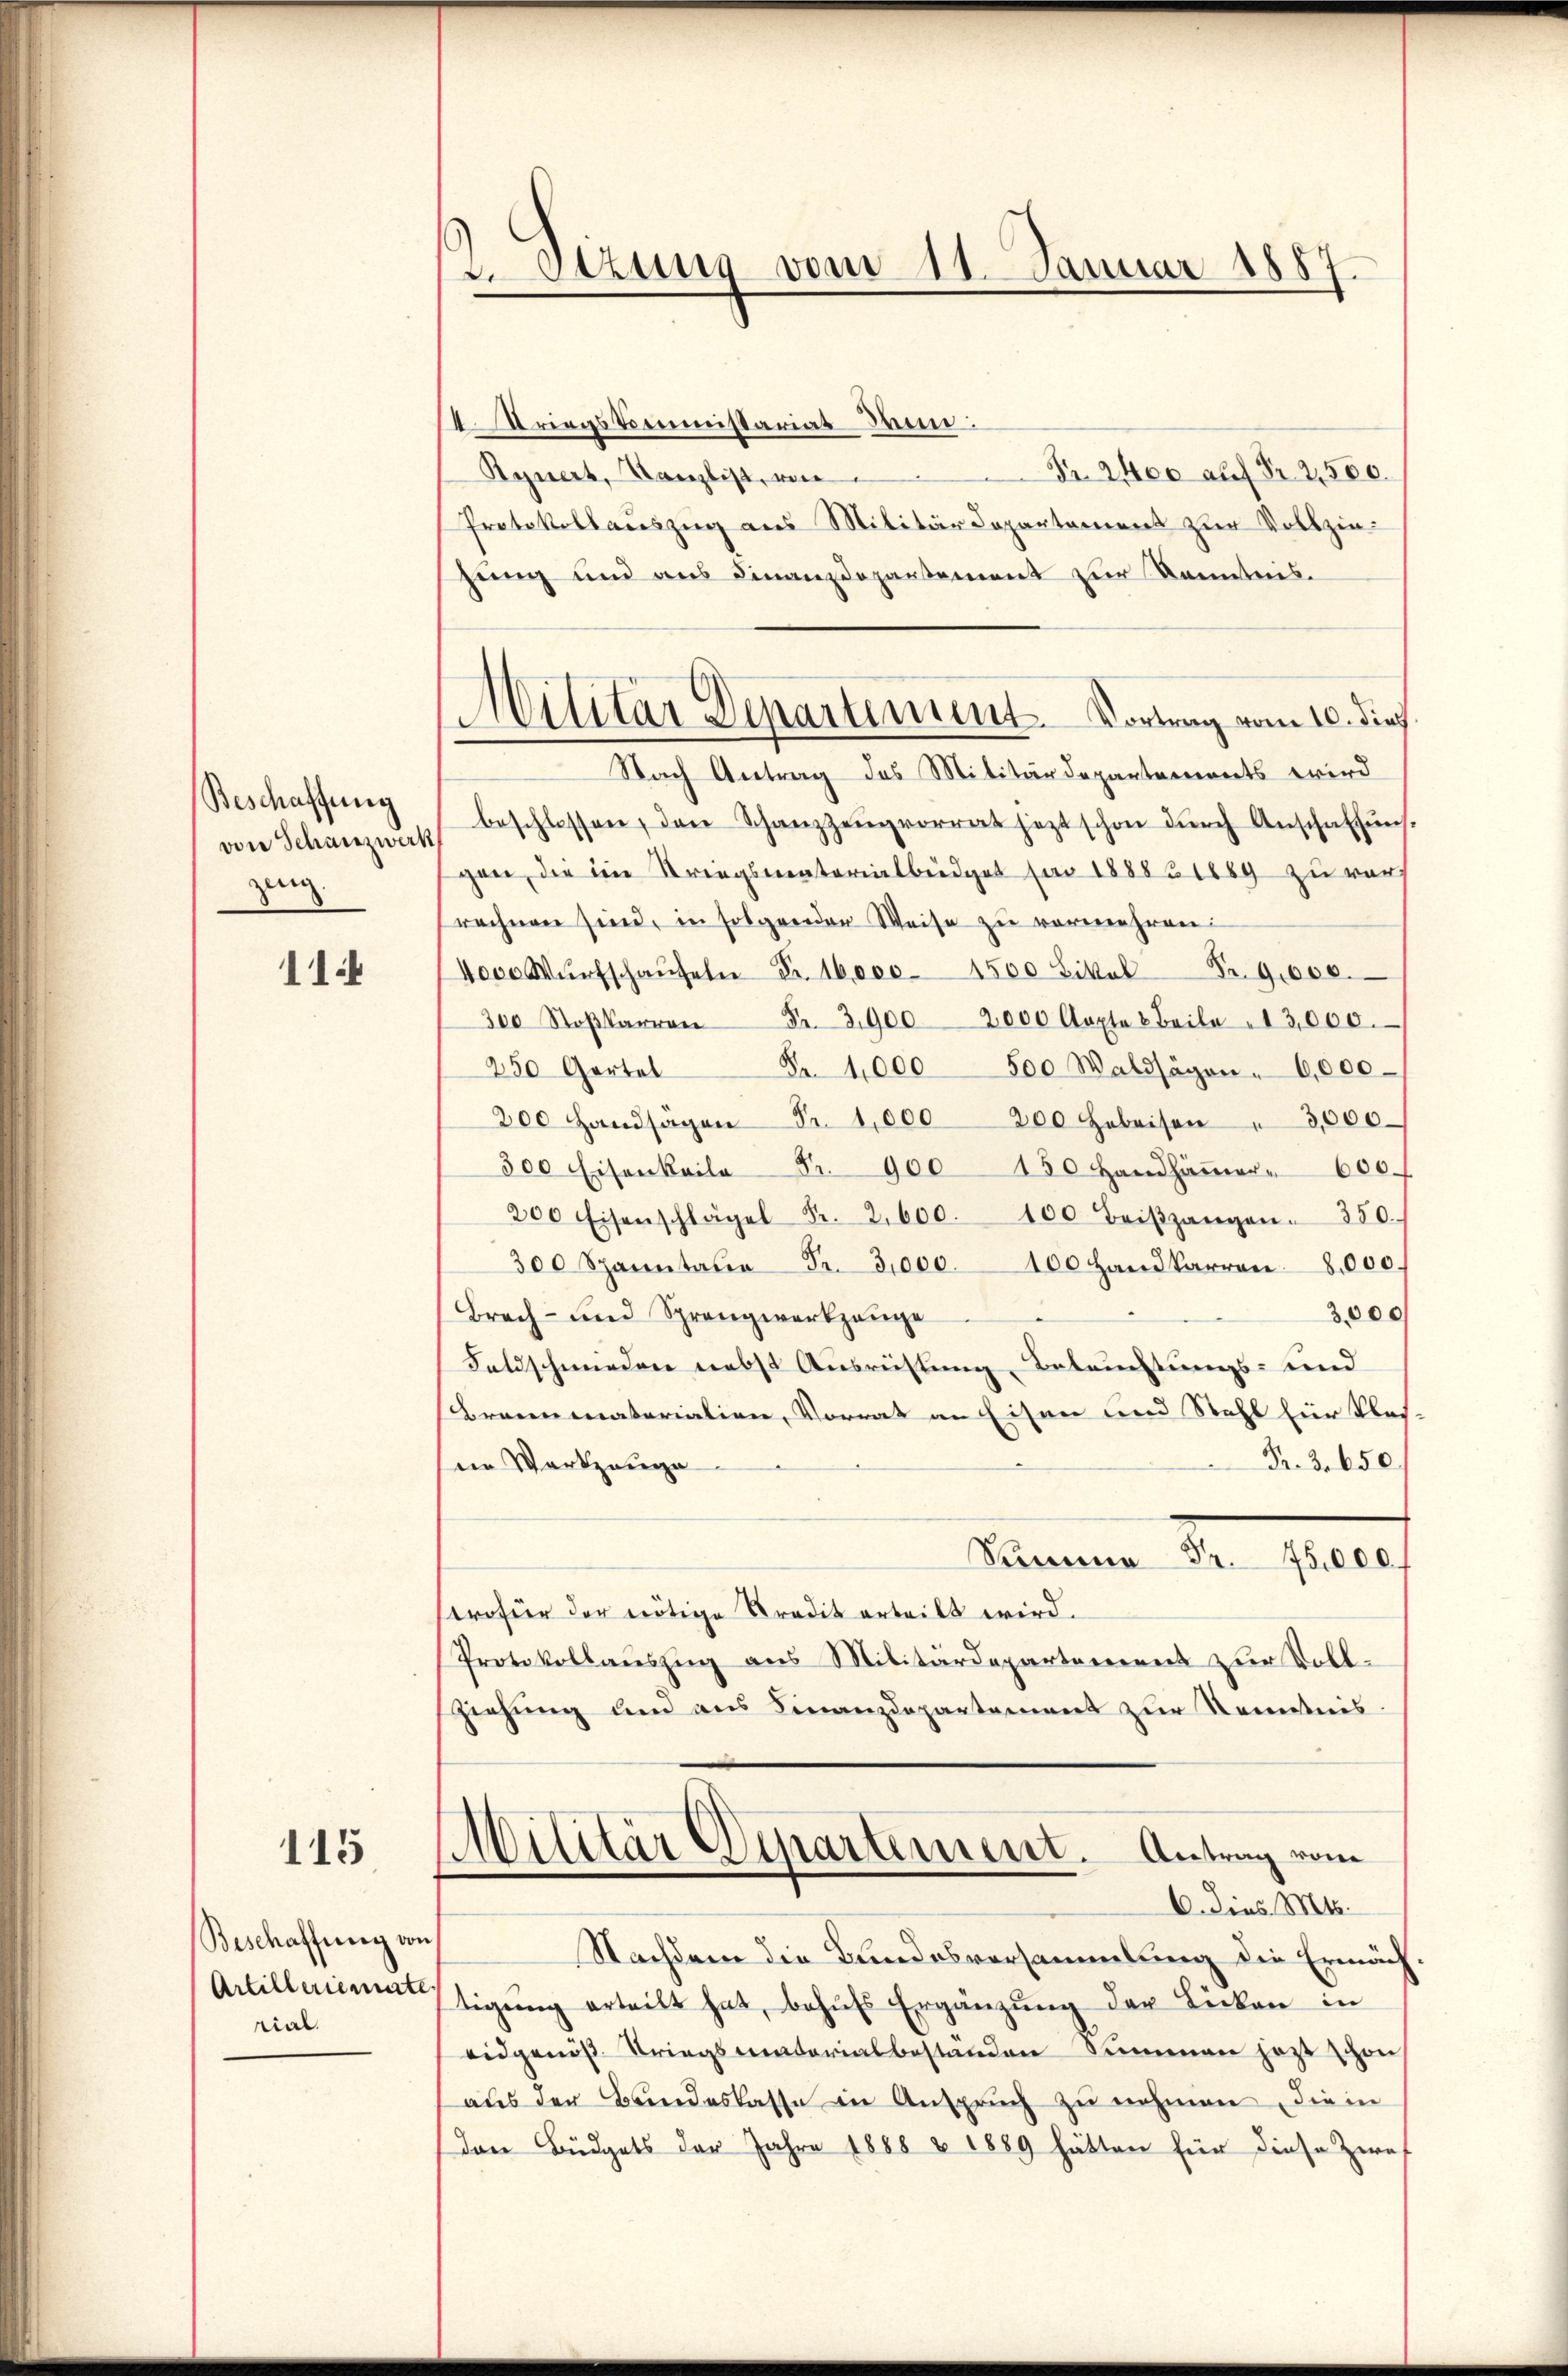
Beschaffung
zing

114

115

Beschaffung von
rial.

2.Stzung vom 11. Januar 1887.

Wilitar Departement. Vortrag vom 10. dies.

I Kriegskommistariat Wun
Fr. 2400 auf Fr. 2,500.
Rynert, Kanzlist, von
Protokollauszug aus Militärdepartament zur Vollziejung und aus Finanzdepartement zur Kenntens.
Nach Antrag des Militärdepartements wird
von Schanzwerk beschlossen, den Schanzzeŭgvorrat jezt schon dŭrch Anschaffŭng-
gen, die im Striegsmaterialbüdget für 1888 1889 zu verprechnen sind, in folgender Weise zu vermehren:
14000 Wŭrtschaŭseln Fr. 16,000. 1500 Likal Pr. 9000.
300 S 3900. 2000 Kapta 8 Beile 13,000.
Fr. 41,000 500 Waldsägen - 6,000
250 Gartel
200 Handsägen Fr. 1,000 200 Gebeisen " 3,000
 900
300 Eisenkaila
150 Handhäṁer " 600.
200 Eisenschlägel Fr. 2600.
100 Beiβgangen. 350.
300 Spanntale Fr. 3,000. 100 Handkarren 8000.
3,000
Brach- und Sprengwerkzeuge
Faldschmieden nebst Ausrüstung Beleuchtungs- und
Brennmaterialien, Vorrat an Eisen und Stahl für klei
Fr. 3. 650
in Werkzeuge
Sam Fr. 75,000
srofür der nötige Predit erteilt wird.
Protokollauszug aus Militärdepartement zur Vollziehung und aus Finanzdepartement zur Kenntnis.
¬
Militar Departement. Antrag vom
C. Dies. Mts.
Nachdem die Bundesversammlung die Ermäch
Artilleriennattigŭng erteilt hat, behŭfs Ergänzung der Lücken in
eidgenös-Kriegsmaterialbeständen Summen jezt schon
aus der Bundeslasse in Anspruch zu nehmen, die in
Den Büdgets der Jahre 1888 & 1889 hätten für diese Zwei